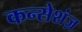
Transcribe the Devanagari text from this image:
कन्सेशंज़